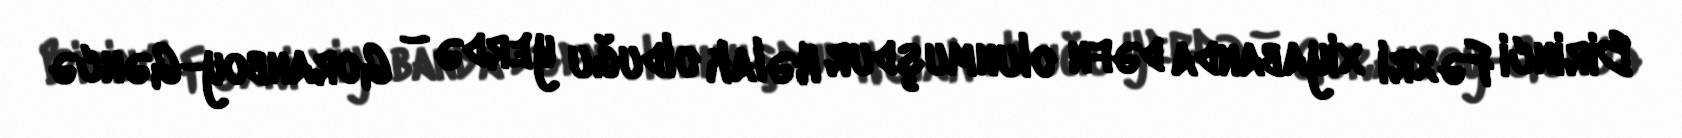
Birinci Fəxri xiyabanda dəfn olunmuşdur Həlak olduğu yerdə – Goranboy-Gəncə